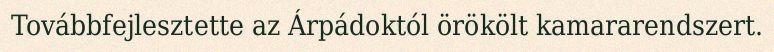
Továbbfejlesztette az Árpádoktól örökölt kamararendszert.